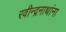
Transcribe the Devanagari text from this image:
रवीन्द्रनाथांना